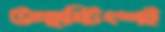
উচ্ছষ্টিংশই